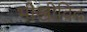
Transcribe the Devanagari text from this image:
भीखीविंद